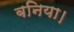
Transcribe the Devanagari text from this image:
बनिया।